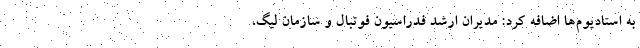
به استادیوم‌ها اضافه کرد: مدیران ارشد فدراسیون فوتبال و سازمان لیگ،